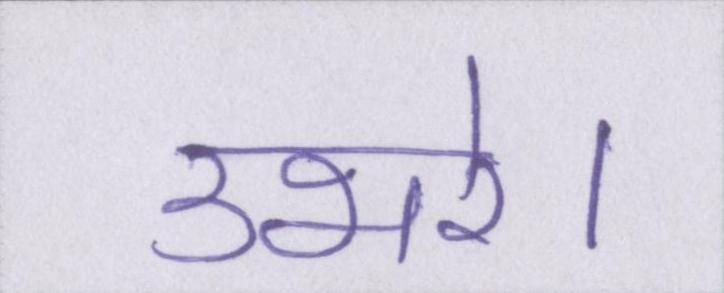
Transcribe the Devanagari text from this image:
उभरे।